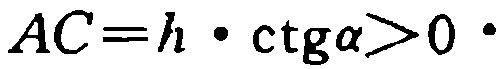
\(AC = h\cdot\ctg\alpha>0\)